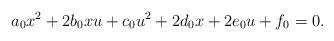
LaTeX: \begin{align*}a_0x^2+2b_0xu+c_0u^2+2d_0x+2e_0u+f_0=0.\end{align*}